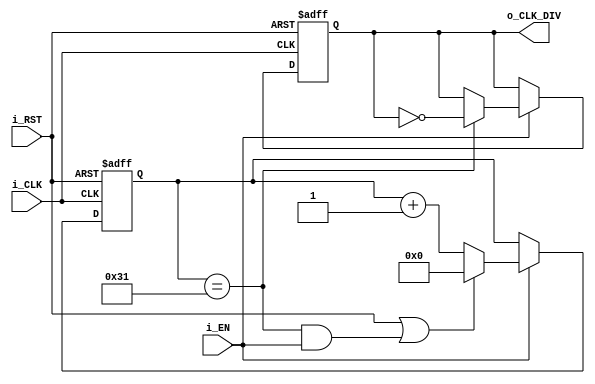
`timescale 1ns / 1ps
//////////////////////////////////////////////////////////////////////////////////
// Company: 
// i_ENgineer: 
// 
// Design Name: 
// Module Name: clock_divider
// Project Name: 
// Target Devices: 
// Tool Versions: 
// Description: 
// 
// Depi_ENdi_ENcies: 
// 
// Revision:
// Revision 0.01 - File Created
// Additional Commi_ENts:
// 
//////////////////////////////////////////////////////////////////////////////////


module clock_divider(
    input i_CLK, 
    input i_RST,
    input i_EN,
    output reg o_CLK_DIV
    );
    
    parameter DVSR = 100; //Divide clock by DVSR times, must be larger than 0
    
    //counter for clock frequi_ENcy
    reg [31:0] s_ms_reg;         
    wire [31:0] s_ms_next;
    
                
    always @(posedge i_CLK, posedge i_RST)
        if(i_RST)
        begin
            s_ms_reg <= 0;
            o_CLK_DIV <= 1'b0;
        end
        else if (i_EN && DVSR != 0)
        begin
            s_ms_reg <= s_ms_next;
            if(s_ms_reg == (DVSR-1)/2)
                o_CLK_DIV <= ~o_CLK_DIV;
        end
    
    //next-state logic
    assign s_ms_next = (i_RST || ((s_ms_reg == (DVSR-1)/2) && i_EN)) ? 0 :
                       (i_EN) ?   s_ms_reg + 1 :
                                  s_ms_reg;
                                  
endmodule